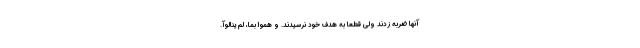
آنها ضربه زدند ولی قطعاً به هدف خود نرسیدند. و همّوا بما، لم ینالوآ.